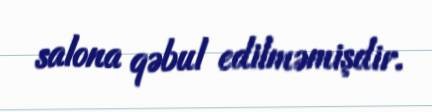
salona qəbul edilməmişdir.